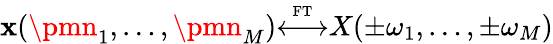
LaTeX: \mathbf{x}(\pmn_{1},\ldots,\pmn_{M}){\overset{\underset{\mathrm{{FT}}}{}}{\longleftrightarrow}}X(\pm\omega_{1},\ldots,\pm\omega_{M})